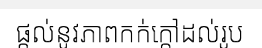
ផ្តល់នូវភាពកក់ក្តៅដល់រូប